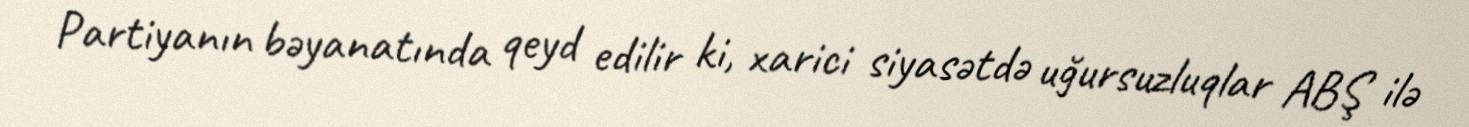
Partiyanın bəyanatında qeyd edilir ki, xarici siyasətdə uğursuzluqlar ABŞ ilə